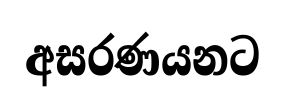
අසරණයනට